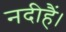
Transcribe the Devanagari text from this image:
नदीहैं।